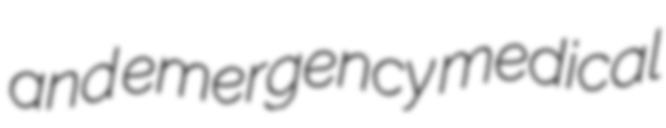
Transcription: and emergency medical